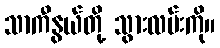
သာကီနွယ်တို့ သွားလမ်းကို။